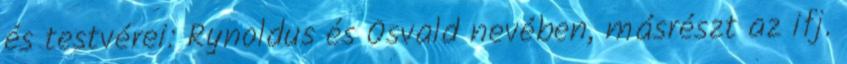
és testvérei: Rynoldus és Osvald nevében, másrészt az ifj.